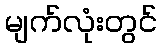
မျက်လုံးတွင်